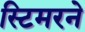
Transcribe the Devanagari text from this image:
स्टिमरने